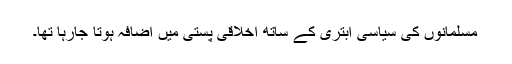
مسلمانوں کی سیاسی ابتری کے ساتھ اخلاقی پستی میں اضافہ ہوتا جارہا تھا۔